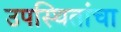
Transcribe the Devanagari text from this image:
उपस्थितांचा